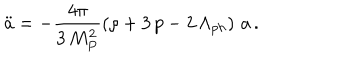
LaTeX: \ddot { a } = - \frac { 4 \pi } { 3 \, M _ { P } ^ { 2 } } \left( \rho + 3 \, p - 2 \, \Lambda _ { p h } \right) \, a \, .